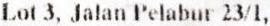
LOT 3, JALAN PELABUR 23/1,